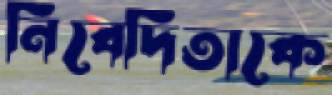
নিবেদিতাকে